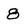
Character: 8